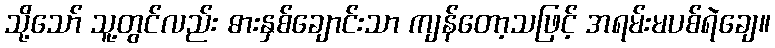
သို့သော် သူ့တွင်လည်း ဓားနှစ်ချောင်းသာ ကျန်တော့သဖြင့် အရမ်းမပစ်ရဲချေ။